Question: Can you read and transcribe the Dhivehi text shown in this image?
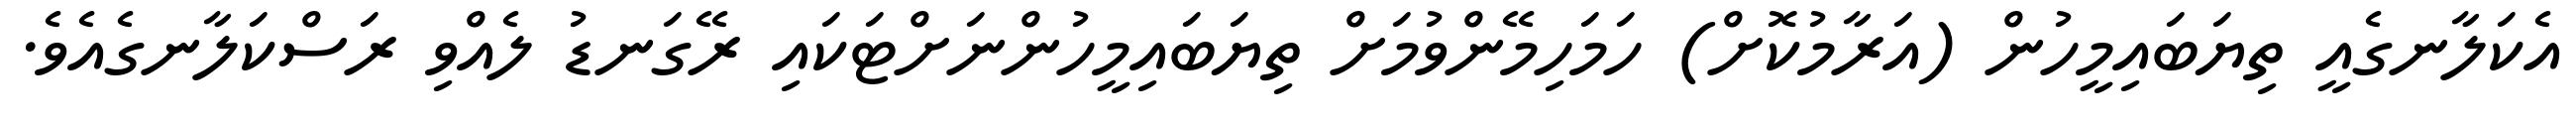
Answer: އެކަލާނގެއީ ތިޔަބައިމީހުން (އަރާމުކޮށް) ހަމަހިމޭންވުމަށް ތިޔަބައިމީހުންނަށްޓަކައި ރޭގަނޑު ލެއްވި ރަސްކަލާނގެއެވެ.